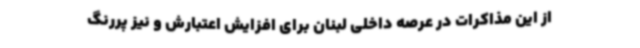
از این مذاکرات در عرصه داخلی لبنان برای افزایش اعتبارش و نیز پررنگ